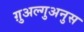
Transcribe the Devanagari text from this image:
ग़ुअल्गुअनुस